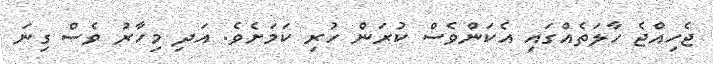
ޖެހިއްޖެ ހާލަތެއްގައި އެކަންވެސް ކުރަން ހުރި ކަމަށެވެ. އަދި މިހާރު ވެސް ގިނަ